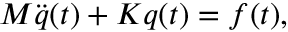
\boldsymbol { M } \ddot { \boldsymbol { q } } ( t ) + \boldsymbol { K } \boldsymbol { q } ( t ) = \boldsymbol { f } ( t ) ,